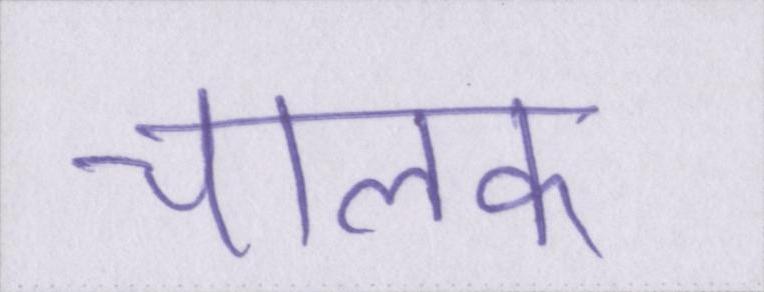
चालक